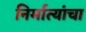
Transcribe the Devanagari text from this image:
निर्मात्यांचा